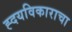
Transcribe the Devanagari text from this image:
ह्दयविकाराचा